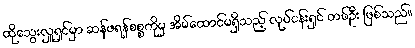
ထိုသွေးလှူရှင်မှာ ဆန်ဖရန်စစ္စကိုမှ အိမ်ထောင်မရှိသည့် လုပ်ငန်းရှင် တစ်ဦး ဖြစ်သည်။